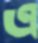
এ